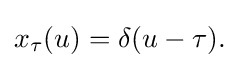
{\textstyle x_{\tau }(u)=\delta (u-\tau ).}